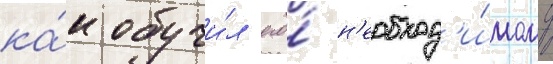
ка́к обучи́л его́ н'еобход'и́мому